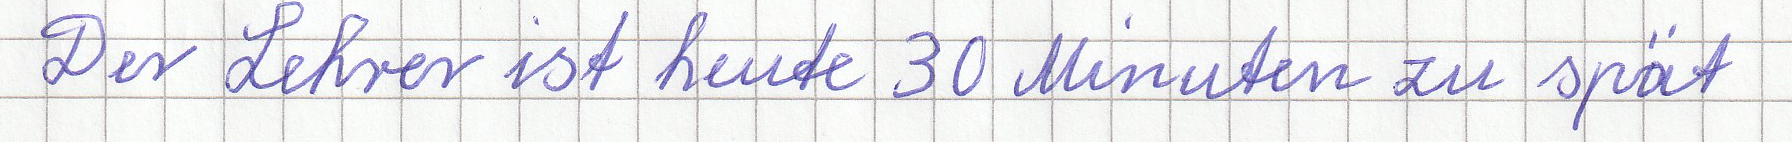
Der Lehrer ist heute 30 Minuten zu spät